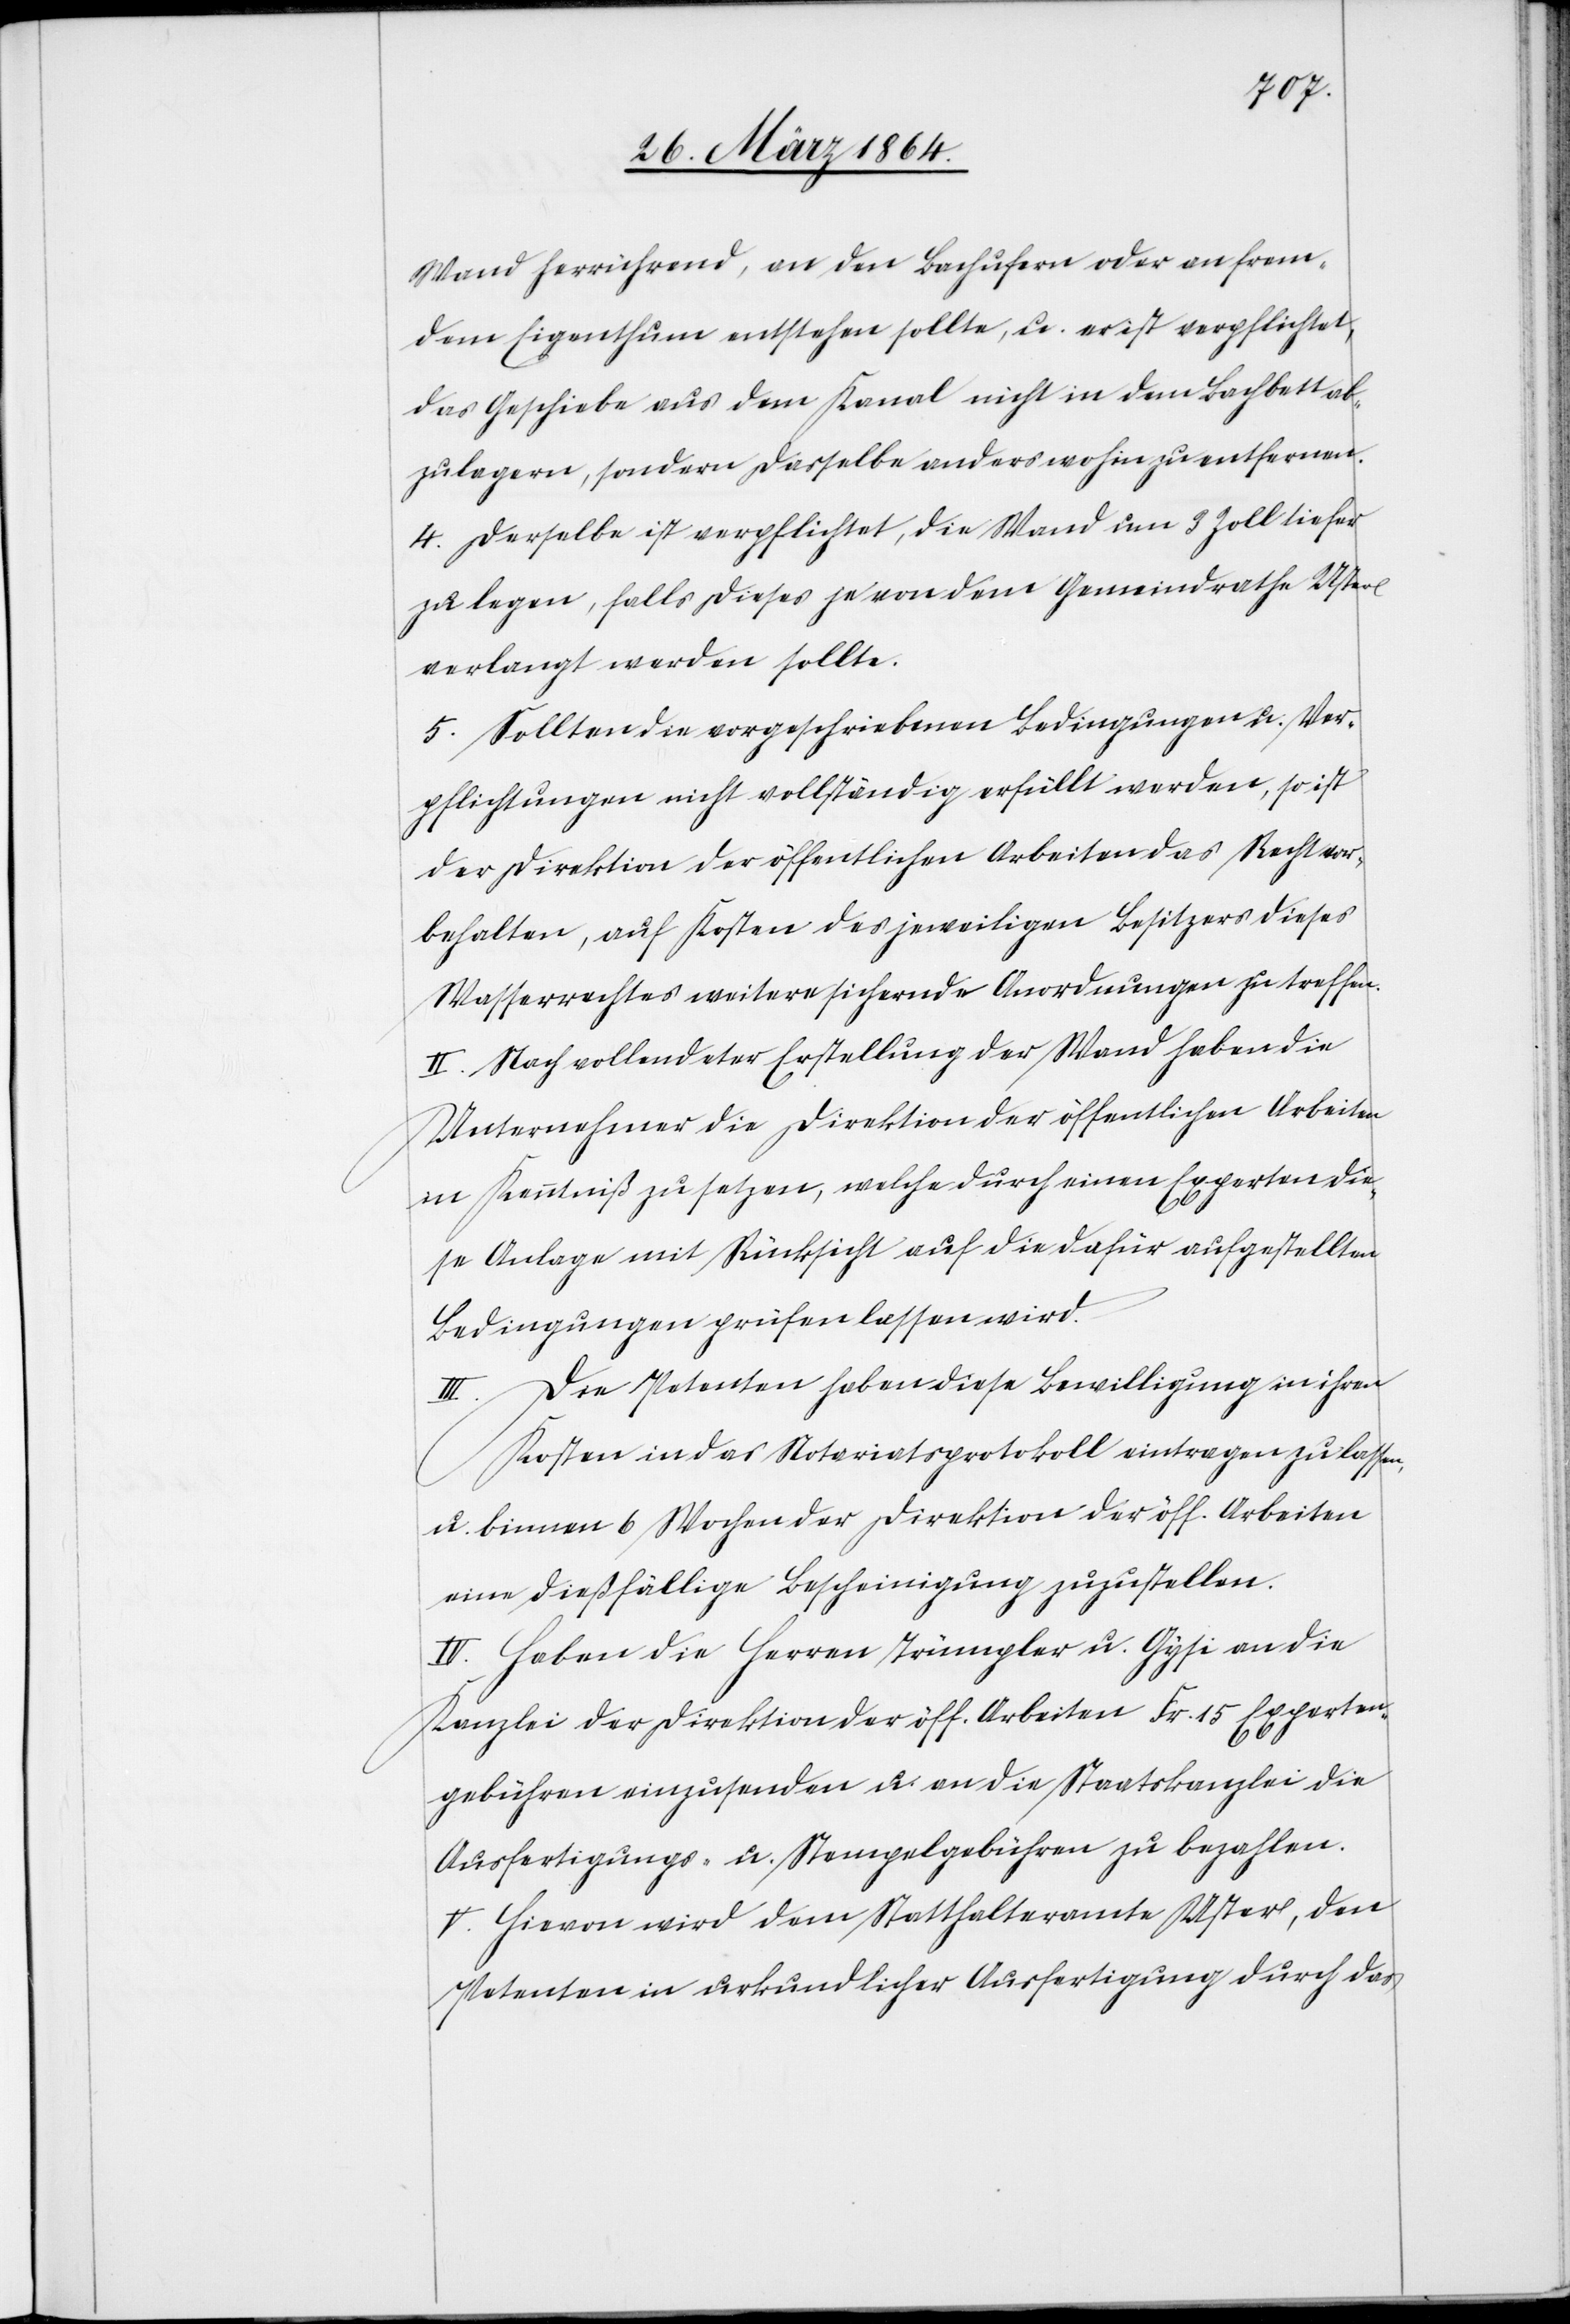
Wand herrührend, an den Bachufern oder an frem¬
dem Eigenthum entstehen sollte, u. er ist verpflichtet,
das Geschiebe aus dem Kanal nicht in dem Bachbett ab¬
zulagern, sondern dasselbe anders wohin zu entfernen.
3.] Derselbe ist verpflichtet, die Wand um 3 Zoll tiefer
zu legen, falls dieses je von dem Gemeindrathe Uster
verlangt werden sollte.
4.] Sollten die vorgeschriebenen Bedingungen u. Ver¬
pflichtungen nicht vollständig erfüllt werden, so ist
der Direktion der öffentlichen Arbeiten das Recht vor¬
behalten, auf Kosten des jeweiligen Besitzers dieses
Wasserrechtes weitere sichernde Anordnungen zu treffen.
II. Nach vollendeter Erstellung der Wand haben die
Unternehmer die Direktion der öffentlichen Arbeiten
in Kenntniß zu setzen, welche durch einen Experten die¬
se Anlage mit Rücksicht auf die dafür aufgestellten
Bedingungen prüfen lassen wird.
III. Die Petenten haben diese Bewilligung in ihren
Kosten in das Notariatsprotokoll eintragen zu lassen,
u. binnen 6 Wochen der Direktion der öff. Arbeiten
eine dießfällige Bescheinigung zuzustellen.
IV. Haben die Herren Trümpler u. Gysi an die
Kanzlei der Direktion der öff. Arbeiten Fr. 15 Experten¬
gebühren einzusenden u. an die Staatskanzlei die
Ausfertigungs- u. Stempelgebühren zu bezahlen.
V. Hievon wird dem Statthalteramte Uster, den
Petenten in urkundlicher Ausfertigung durch das